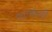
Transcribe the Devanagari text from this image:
शल्कली